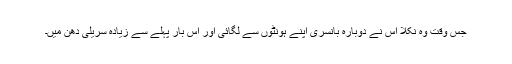
جس وقت وہ نکلا اس نے دوبارہ بانسری اپنے ہونٹوں سے لگائی اور اس بار پہلے سے زیادہ سریلی دھن میں۔